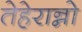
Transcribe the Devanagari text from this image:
तेहेरान्नो